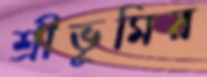
শ্রীভূমির